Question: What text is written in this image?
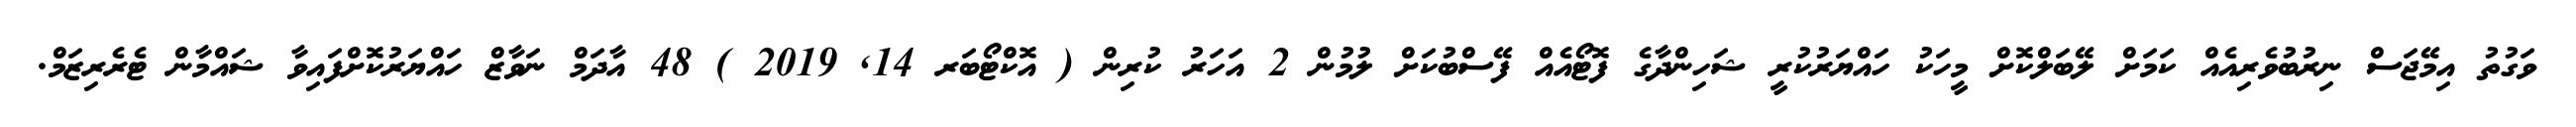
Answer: ވަގުތު އިމޭޖަސް ނިރުބުވެރިއެއް ކަމަށް ލޭބަލްކޮށް މީހަކު ހައްޔަރުކުރީ ޝަހިންދާގެ ފޮޓޯއެއް ފޭސްބުކަށް ލުމުން 2 އަހަރު ކުރިން ( އޮކްޓޯބަރ 14, 2019 ) 48 އާދަމް ނަވާޒް ހައްޔަރުކޮށްފައިވާ ޝައްމާން ޓެރެރިޒަމް.